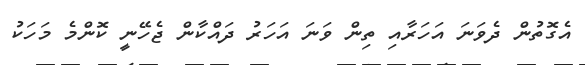
އެގޮތުން ދެވަނަ އަހަރާއި ތިން ވަނަ އަހަރު ދައްކާން ޖެހޭނީ ކޮންމެ މަހަކު